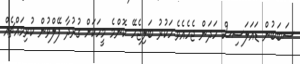
ސަބަބުން ޑައަލަސިސް ހަދަން ޖެހެއެވެ.ހަކުރު ބަލިޖެހޭ ކޮންމެ މީހަކަށް ގުރުދާ ފޭލްވުން ކުރިމައްޗެއް